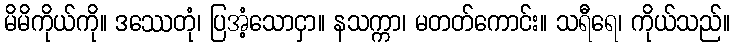
မိမိကိုယ်ကို။ ဒဿေတုံ၊ ပြအံ့သောငှာ။ နသက္ကာ၊ မတတ်ကောင်း။ သရီရေ၊ ကိုယ်သည်။